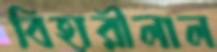
বিহারীলাল